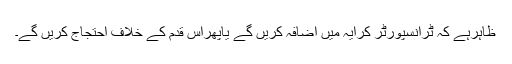
ظاہرہے کہ ٹرانسپورٹر کرایہ میں اضافہ کریں گے یاپھراس قدم کے خلاف احتجاج کریں گے۔